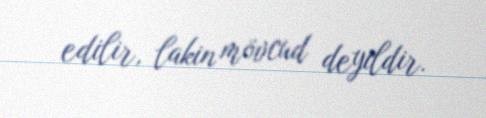
edilir, lakin mövcud deyildir.